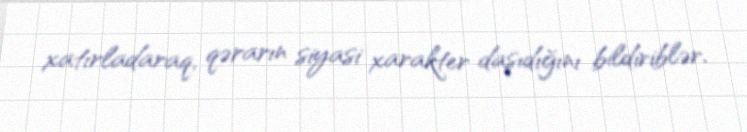
xatırladaraq, qərarın siyasi xarakter daşıdığını bildiriblər.